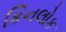
કિનલોક